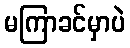
မကြာခင်မှာပဲ